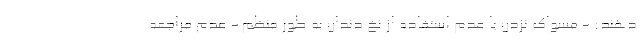
دهند: - مسواک نزدن یا عدم استفاده از نخ دندان به طور منظم - عدم مراجعه